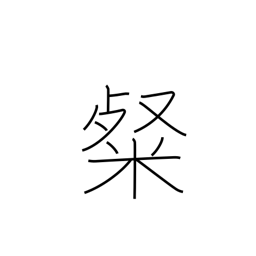
Meaning: bright